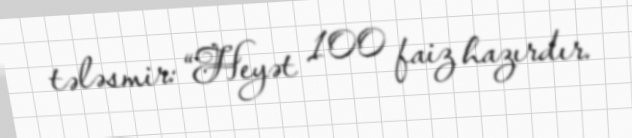
tələsmir: “Heyət 100 faiz hazırdır.